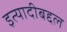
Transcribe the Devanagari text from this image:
इत्यादीबद्दल